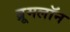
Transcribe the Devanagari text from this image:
ब्रूमलॉन